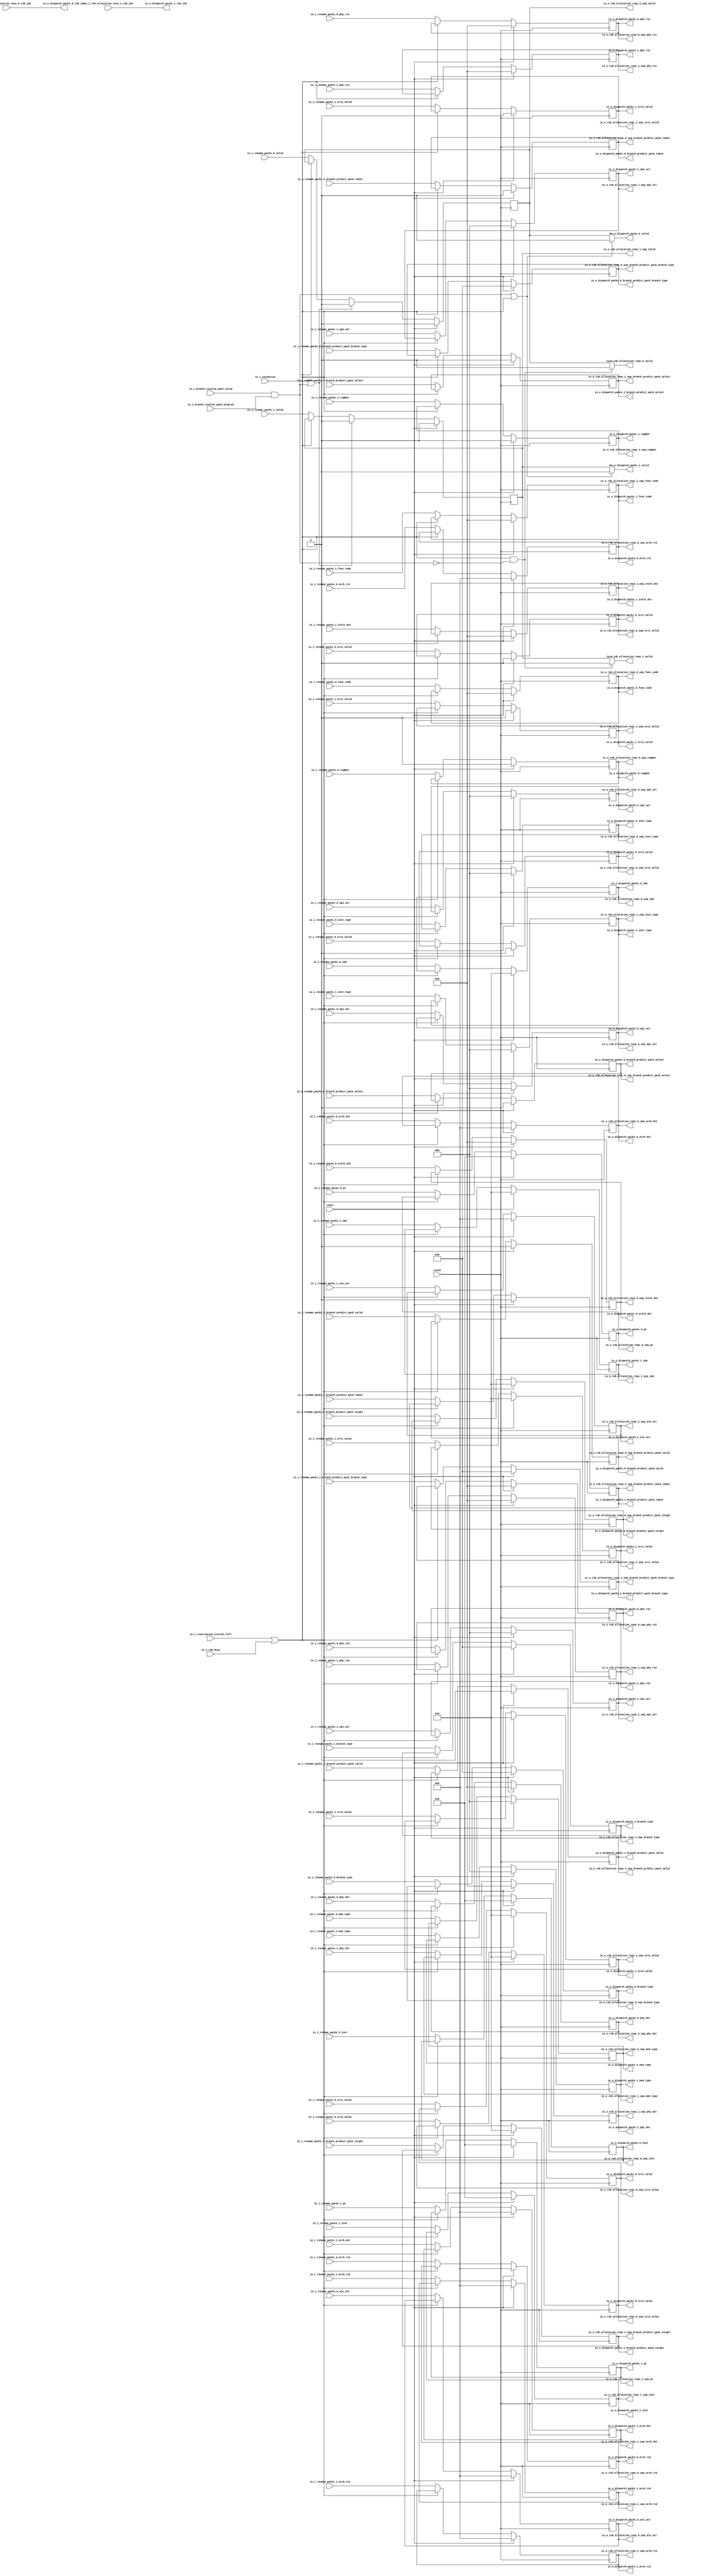
module Dispatch(
  input         clock,
  input         reset,
  input         io_i_rename_packs_0_valid,
  input  [31:0] io_i_rename_packs_0_pc,
  input  [31:0] io_i_rename_packs_0_inst,
  input  [6:0]  io_i_rename_packs_0_func_code,
  input         io_i_rename_packs_0_branch_predict_pack_valid,
  input  [63:0] io_i_rename_packs_0_branch_predict_pack_target,
  input  [3:0]  io_i_rename_packs_0_branch_predict_pack_branch_type,
  input         io_i_rename_packs_0_branch_predict_pack_select,
  input         io_i_rename_packs_0_branch_predict_pack_taken,
  input  [6:0]  io_i_rename_packs_0_phy_dst,
  input  [6:0]  io_i_rename_packs_0_stale_dst,
  input  [4:0]  io_i_rename_packs_0_arch_dst,
  input  [2:0]  io_i_rename_packs_0_inst_type,
  input         io_i_rename_packs_0_regWen,
  input         io_i_rename_packs_0_src1_valid,
  input  [6:0]  io_i_rename_packs_0_phy_rs1,
  input  [4:0]  io_i_rename_packs_0_arch_rs1,
  input         io_i_rename_packs_0_src2_valid,
  input  [6:0]  io_i_rename_packs_0_phy_rs2,
  input  [4:0]  io_i_rename_packs_0_arch_rs2,
  input  [63:0] io_i_rename_packs_0_imm,
  input  [63:0] io_i_rename_packs_0_src1_value,
  input  [63:0] io_i_rename_packs_0_src2_value,
  input  [2:0]  io_i_rename_packs_0_op1_sel,
  input  [2:0]  io_i_rename_packs_0_op2_sel,
  input  [4:0]  io_i_rename_packs_0_alu_sel,
  input  [3:0]  io_i_rename_packs_0_branch_type,
  input  [2:0]  io_i_rename_packs_0_mem_type,
  input         io_i_rename_packs_1_valid,
  input  [31:0] io_i_rename_packs_1_pc,
  input  [31:0] io_i_rename_packs_1_inst,
  input  [6:0]  io_i_rename_packs_1_func_code,
  input         io_i_rename_packs_1_branch_predict_pack_valid,
  input  [63:0] io_i_rename_packs_1_branch_predict_pack_target,
  input  [3:0]  io_i_rename_packs_1_branch_predict_pack_branch_type,
  input         io_i_rename_packs_1_branch_predict_pack_select,
  input         io_i_rename_packs_1_branch_predict_pack_taken,
  input  [6:0]  io_i_rename_packs_1_phy_dst,
  input  [6:0]  io_i_rename_packs_1_stale_dst,
  input  [4:0]  io_i_rename_packs_1_arch_dst,
  input  [2:0]  io_i_rename_packs_1_inst_type,
  input         io_i_rename_packs_1_regWen,
  input         io_i_rename_packs_1_src1_valid,
  input  [6:0]  io_i_rename_packs_1_phy_rs1,
  input  [4:0]  io_i_rename_packs_1_arch_rs1,
  input         io_i_rename_packs_1_src2_valid,
  input  [6:0]  io_i_rename_packs_1_phy_rs2,
  input  [4:0]  io_i_rename_packs_1_arch_rs2,
  input  [63:0] io_i_rename_packs_1_imm,
  input  [63:0] io_i_rename_packs_1_src1_value,
  input  [63:0] io_i_rename_packs_1_src2_value,
  input  [2:0]  io_i_rename_packs_1_op1_sel,
  input  [2:0]  io_i_rename_packs_1_op2_sel,
  input  [4:0]  io_i_rename_packs_1_alu_sel,
  input  [3:0]  io_i_rename_packs_1_branch_type,
  input  [2:0]  io_i_rename_packs_1_mem_type,
  input         io_i_rob_busy,
  input  [3:0]  io_i_rob_allocation_ress_0_rob_idx,
  input  [3:0]  io_i_rob_allocation_ress_1_rob_idx,
  input         io_i_reservation_station_full,
  input         io_i_branch_resolve_pack_valid,
  input         io_i_branch_resolve_pack_mispred,
  output        io_o_rob_allocation_reqs_0_valid,
  output        io_o_rob_allocation_reqs_0_uop_valid,
  output [31:0] io_o_rob_allocation_reqs_0_uop_pc,
  output [31:0] io_o_rob_allocation_reqs_0_uop_inst,
  output [6:0]  io_o_rob_allocation_reqs_0_uop_func_code,
  output        io_o_rob_allocation_reqs_0_uop_branch_predict_pack_valid,
  output [63:0] io_o_rob_allocation_reqs_0_uop_branch_predict_pack_target,
  output [3:0]  io_o_rob_allocation_reqs_0_uop_branch_predict_pack_branch_type,
  output        io_o_rob_allocation_reqs_0_uop_branch_predict_pack_select,
  output        io_o_rob_allocation_reqs_0_uop_branch_predict_pack_taken,
  output [6:0]  io_o_rob_allocation_reqs_0_uop_phy_dst,
  output [6:0]  io_o_rob_allocation_reqs_0_uop_stale_dst,
  output [4:0]  io_o_rob_allocation_reqs_0_uop_arch_dst,
  output [2:0]  io_o_rob_allocation_reqs_0_uop_inst_type,
  output        io_o_rob_allocation_reqs_0_uop_regWen,
  output        io_o_rob_allocation_reqs_0_uop_src1_valid,
  output [6:0]  io_o_rob_allocation_reqs_0_uop_phy_rs1,
  output [4:0]  io_o_rob_allocation_reqs_0_uop_arch_rs1,
  output        io_o_rob_allocation_reqs_0_uop_src2_valid,
  output [6:0]  io_o_rob_allocation_reqs_0_uop_phy_rs2,
  output [4:0]  io_o_rob_allocation_reqs_0_uop_arch_rs2,
  output [63:0] io_o_rob_allocation_reqs_0_uop_imm,
  output [63:0] io_o_rob_allocation_reqs_0_uop_src1_value,
  output [63:0] io_o_rob_allocation_reqs_0_uop_src2_value,
  output [2:0]  io_o_rob_allocation_reqs_0_uop_op1_sel,
  output [2:0]  io_o_rob_allocation_reqs_0_uop_op2_sel,
  output [4:0]  io_o_rob_allocation_reqs_0_uop_alu_sel,
  output [3:0]  io_o_rob_allocation_reqs_0_uop_branch_type,
  output [2:0]  io_o_rob_allocation_reqs_0_uop_mem_type,
  output        io_o_rob_allocation_reqs_1_valid,
  output        io_o_rob_allocation_reqs_1_uop_valid,
  output [31:0] io_o_rob_allocation_reqs_1_uop_pc,
  output [31:0] io_o_rob_allocation_reqs_1_uop_inst,
  output [6:0]  io_o_rob_allocation_reqs_1_uop_func_code,
  output        io_o_rob_allocation_reqs_1_uop_branch_predict_pack_valid,
  output [63:0] io_o_rob_allocation_reqs_1_uop_branch_predict_pack_target,
  output [3:0]  io_o_rob_allocation_reqs_1_uop_branch_predict_pack_branch_type,
  output        io_o_rob_allocation_reqs_1_uop_branch_predict_pack_select,
  output        io_o_rob_allocation_reqs_1_uop_branch_predict_pack_taken,
  output [6:0]  io_o_rob_allocation_reqs_1_uop_phy_dst,
  output [6:0]  io_o_rob_allocation_reqs_1_uop_stale_dst,
  output [4:0]  io_o_rob_allocation_reqs_1_uop_arch_dst,
  output [2:0]  io_o_rob_allocation_reqs_1_uop_inst_type,
  output        io_o_rob_allocation_reqs_1_uop_regWen,
  output        io_o_rob_allocation_reqs_1_uop_src1_valid,
  output [6:0]  io_o_rob_allocation_reqs_1_uop_phy_rs1,
  output [4:0]  io_o_rob_allocation_reqs_1_uop_arch_rs1,
  output        io_o_rob_allocation_reqs_1_uop_src2_valid,
  output [6:0]  io_o_rob_allocation_reqs_1_uop_phy_rs2,
  output [4:0]  io_o_rob_allocation_reqs_1_uop_arch_rs2,
  output [63:0] io_o_rob_allocation_reqs_1_uop_imm,
  output [63:0] io_o_rob_allocation_reqs_1_uop_src1_value,
  output [63:0] io_o_rob_allocation_reqs_1_uop_src2_value,
  output [2:0]  io_o_rob_allocation_reqs_1_uop_op1_sel,
  output [2:0]  io_o_rob_allocation_reqs_1_uop_op2_sel,
  output [4:0]  io_o_rob_allocation_reqs_1_uop_alu_sel,
  output [3:0]  io_o_rob_allocation_reqs_1_uop_branch_type,
  output [2:0]  io_o_rob_allocation_reqs_1_uop_mem_type,
  output        io_o_dispatch_packs_0_valid,
  output [31:0] io_o_dispatch_packs_0_pc,
  output [31:0] io_o_dispatch_packs_0_inst,
  output [6:0]  io_o_dispatch_packs_0_func_code,
  output        io_o_dispatch_packs_0_branch_predict_pack_valid,
  output [63:0] io_o_dispatch_packs_0_branch_predict_pack_target,
  output [3:0]  io_o_dispatch_packs_0_branch_predict_pack_branch_type,
  output        io_o_dispatch_packs_0_branch_predict_pack_select,
  output        io_o_dispatch_packs_0_branch_predict_pack_taken,
  output [6:0]  io_o_dispatch_packs_0_phy_dst,
  output [6:0]  io_o_dispatch_packs_0_stale_dst,
  output [4:0]  io_o_dispatch_packs_0_arch_dst,
  output [2:0]  io_o_dispatch_packs_0_inst_type,
  output        io_o_dispatch_packs_0_regWen,
  output        io_o_dispatch_packs_0_src1_valid,
  output [6:0]  io_o_dispatch_packs_0_phy_rs1,
  output [4:0]  io_o_dispatch_packs_0_arch_rs1,
  output        io_o_dispatch_packs_0_src2_valid,
  output [6:0]  io_o_dispatch_packs_0_phy_rs2,
  output [4:0]  io_o_dispatch_packs_0_arch_rs2,
  output [3:0]  io_o_dispatch_packs_0_rob_idx,
  output [63:0] io_o_dispatch_packs_0_imm,
  output [63:0] io_o_dispatch_packs_0_src1_value,
  output [63:0] io_o_dispatch_packs_0_src2_value,
  output [2:0]  io_o_dispatch_packs_0_op1_sel,
  output [2:0]  io_o_dispatch_packs_0_op2_sel,
  output [4:0]  io_o_dispatch_packs_0_alu_sel,
  output [3:0]  io_o_dispatch_packs_0_branch_type,
  output [2:0]  io_o_dispatch_packs_0_mem_type,
  output        io_o_dispatch_packs_1_valid,
  output [31:0] io_o_dispatch_packs_1_pc,
  output [31:0] io_o_dispatch_packs_1_inst,
  output [6:0]  io_o_dispatch_packs_1_func_code,
  output        io_o_dispatch_packs_1_branch_predict_pack_valid,
  output [63:0] io_o_dispatch_packs_1_branch_predict_pack_target,
  output [3:0]  io_o_dispatch_packs_1_branch_predict_pack_branch_type,
  output        io_o_dispatch_packs_1_branch_predict_pack_select,
  output        io_o_dispatch_packs_1_branch_predict_pack_taken,
  output [6:0]  io_o_dispatch_packs_1_phy_dst,
  output [6:0]  io_o_dispatch_packs_1_stale_dst,
  output [4:0]  io_o_dispatch_packs_1_arch_dst,
  output [2:0]  io_o_dispatch_packs_1_inst_type,
  output        io_o_dispatch_packs_1_regWen,
  output        io_o_dispatch_packs_1_src1_valid,
  output [6:0]  io_o_dispatch_packs_1_phy_rs1,
  output [4:0]  io_o_dispatch_packs_1_arch_rs1,
  output        io_o_dispatch_packs_1_src2_valid,
  output [6:0]  io_o_dispatch_packs_1_phy_rs2,
  output [4:0]  io_o_dispatch_packs_1_arch_rs2,
  output [3:0]  io_o_dispatch_packs_1_rob_idx,
  output [63:0] io_o_dispatch_packs_1_imm,
  output [63:0] io_o_dispatch_packs_1_src1_value,
  output [63:0] io_o_dispatch_packs_1_src2_value,
  output [2:0]  io_o_dispatch_packs_1_op1_sel,
  output [2:0]  io_o_dispatch_packs_1_op2_sel,
  output [4:0]  io_o_dispatch_packs_1_alu_sel,
  output [3:0]  io_o_dispatch_packs_1_branch_type,
  output [2:0]  io_o_dispatch_packs_1_mem_type,
  input         io_i_exception
);
`ifdef RANDOMIZE_REG_INIT
  reg [31:0] _RAND_0;
  reg [31:0] _RAND_1;
  reg [31:0] _RAND_2;
  reg [31:0] _RAND_3;
  reg [31:0] _RAND_4;
  reg [63:0] _RAND_5;
  reg [31:0] _RAND_6;
  reg [31:0] _RAND_7;
  reg [31:0] _RAND_8;
  reg [31:0] _RAND_9;
  reg [31:0] _RAND_10;
  reg [31:0] _RAND_11;
  reg [31:0] _RAND_12;
  reg [31:0] _RAND_13;
  reg [31:0] _RAND_14;
  reg [31:0] _RAND_15;
  reg [31:0] _RAND_16;
  reg [31:0] _RAND_17;
  reg [31:0] _RAND_18;
  reg [31:0] _RAND_19;
  reg [63:0] _RAND_20;
  reg [63:0] _RAND_21;
  reg [63:0] _RAND_22;
  reg [31:0] _RAND_23;
  reg [31:0] _RAND_24;
  reg [31:0] _RAND_25;
  reg [31:0] _RAND_26;
  reg [31:0] _RAND_27;
  reg [31:0] _RAND_28;
  reg [31:0] _RAND_29;
  reg [31:0] _RAND_30;
  reg [31:0] _RAND_31;
  reg [31:0] _RAND_32;
  reg [63:0] _RAND_33;
  reg [31:0] _RAND_34;
  reg [31:0] _RAND_35;
  reg [31:0] _RAND_36;
  reg [31:0] _RAND_37;
  reg [31:0] _RAND_38;
  reg [31:0] _RAND_39;
  reg [31:0] _RAND_40;
  reg [31:0] _RAND_41;
  reg [31:0] _RAND_42;
  reg [31:0] _RAND_43;
  reg [31:0] _RAND_44;
  reg [31:0] _RAND_45;
  reg [31:0] _RAND_46;
  reg [31:0] _RAND_47;
  reg [63:0] _RAND_48;
  reg [63:0] _RAND_49;
  reg [63:0] _RAND_50;
  reg [31:0] _RAND_51;
  reg [31:0] _RAND_52;
  reg [31:0] _RAND_53;
  reg [31:0] _RAND_54;
  reg [31:0] _RAND_55;
`endif // RANDOMIZE_REG_INIT
  wire  stall = io_i_reservation_station_full | io_i_rob_busy; // @[dispatch.scala 31:47]
  reg  uops_0_valid; // @[dispatch.scala 33:21]
  reg [31:0] uops_0_pc; // @[dispatch.scala 33:21]
  reg [31:0] uops_0_inst; // @[dispatch.scala 33:21]
  reg [6:0] uops_0_func_code; // @[dispatch.scala 33:21]
  reg  uops_0_branch_predict_pack_valid; // @[dispatch.scala 33:21]
  reg [63:0] uops_0_branch_predict_pack_target; // @[dispatch.scala 33:21]
  reg [3:0] uops_0_branch_predict_pack_branch_type; // @[dispatch.scala 33:21]
  reg  uops_0_branch_predict_pack_select; // @[dispatch.scala 33:21]
  reg  uops_0_branch_predict_pack_taken; // @[dispatch.scala 33:21]
  reg [6:0] uops_0_phy_dst; // @[dispatch.scala 33:21]
  reg [6:0] uops_0_stale_dst; // @[dispatch.scala 33:21]
  reg [4:0] uops_0_arch_dst; // @[dispatch.scala 33:21]
  reg [2:0] uops_0_inst_type; // @[dispatch.scala 33:21]
  reg  uops_0_regWen; // @[dispatch.scala 33:21]
  reg  uops_0_src1_valid; // @[dispatch.scala 33:21]
  reg [6:0] uops_0_phy_rs1; // @[dispatch.scala 33:21]
  reg [4:0] uops_0_arch_rs1; // @[dispatch.scala 33:21]
  reg  uops_0_src2_valid; // @[dispatch.scala 33:21]
  reg [6:0] uops_0_phy_rs2; // @[dispatch.scala 33:21]
  reg [4:0] uops_0_arch_rs2; // @[dispatch.scala 33:21]
  reg [63:0] uops_0_imm; // @[dispatch.scala 33:21]
  reg [63:0] uops_0_src1_value; // @[dispatch.scala 33:21]
  reg [63:0] uops_0_src2_value; // @[dispatch.scala 33:21]
  reg [2:0] uops_0_op1_sel; // @[dispatch.scala 33:21]
  reg [2:0] uops_0_op2_sel; // @[dispatch.scala 33:21]
  reg [4:0] uops_0_alu_sel; // @[dispatch.scala 33:21]
  reg [3:0] uops_0_branch_type; // @[dispatch.scala 33:21]
  reg [2:0] uops_0_mem_type; // @[dispatch.scala 33:21]
  reg  uops_1_valid; // @[dispatch.scala 33:21]
  reg [31:0] uops_1_pc; // @[dispatch.scala 33:21]
  reg [31:0] uops_1_inst; // @[dispatch.scala 33:21]
  reg [6:0] uops_1_func_code; // @[dispatch.scala 33:21]
  reg  uops_1_branch_predict_pack_valid; // @[dispatch.scala 33:21]
  reg [63:0] uops_1_branch_predict_pack_target; // @[dispatch.scala 33:21]
  reg [3:0] uops_1_branch_predict_pack_branch_type; // @[dispatch.scala 33:21]
  reg  uops_1_branch_predict_pack_select; // @[dispatch.scala 33:21]
  reg  uops_1_branch_predict_pack_taken; // @[dispatch.scala 33:21]
  reg [6:0] uops_1_phy_dst; // @[dispatch.scala 33:21]
  reg [6:0] uops_1_stale_dst; // @[dispatch.scala 33:21]
  reg [4:0] uops_1_arch_dst; // @[dispatch.scala 33:21]
  reg [2:0] uops_1_inst_type; // @[dispatch.scala 33:21]
  reg  uops_1_regWen; // @[dispatch.scala 33:21]
  reg  uops_1_src1_valid; // @[dispatch.scala 33:21]
  reg [6:0] uops_1_phy_rs1; // @[dispatch.scala 33:21]
  reg [4:0] uops_1_arch_rs1; // @[dispatch.scala 33:21]
  reg  uops_1_src2_valid; // @[dispatch.scala 33:21]
  reg [6:0] uops_1_phy_rs2; // @[dispatch.scala 33:21]
  reg [4:0] uops_1_arch_rs2; // @[dispatch.scala 33:21]
  reg [63:0] uops_1_imm; // @[dispatch.scala 33:21]
  reg [63:0] uops_1_src1_value; // @[dispatch.scala 33:21]
  reg [63:0] uops_1_src2_value; // @[dispatch.scala 33:21]
  reg [2:0] uops_1_op1_sel; // @[dispatch.scala 33:21]
  reg [2:0] uops_1_op2_sel; // @[dispatch.scala 33:21]
  reg [4:0] uops_1_alu_sel; // @[dispatch.scala 33:21]
  reg [3:0] uops_1_branch_type; // @[dispatch.scala 33:21]
  reg [2:0] uops_1_mem_type; // @[dispatch.scala 33:21]
  wire  _T_1 = io_i_branch_resolve_pack_valid & io_i_branch_resolve_pack_mispred; // @[dispatch.scala 36:60]
  wire  _io_o_rob_allocation_reqs_0_valid_T_3 = stall & ~(io_i_branch_resolve_pack_mispred &
    io_i_branch_resolve_pack_valid); // @[dispatch.scala 50:94]
  assign io_o_rob_allocation_reqs_0_valid = stall & ~(io_i_branch_resolve_pack_mispred & io_i_branch_resolve_pack_valid)
     ? 1'h0 : uops_0_valid; // @[dispatch.scala 50:43]
  assign io_o_rob_allocation_reqs_0_uop_valid = uops_0_valid; // @[dispatch.scala 53:37]
  assign io_o_rob_allocation_reqs_0_uop_pc = uops_0_pc; // @[dispatch.scala 53:37]
  assign io_o_rob_allocation_reqs_0_uop_inst = uops_0_inst; // @[dispatch.scala 53:37]
  assign io_o_rob_allocation_reqs_0_uop_func_code = uops_0_func_code; // @[dispatch.scala 53:37]
  assign io_o_rob_allocation_reqs_0_uop_branch_predict_pack_valid = uops_0_branch_predict_pack_valid; // @[dispatch.scala 53:37]
  assign io_o_rob_allocation_reqs_0_uop_branch_predict_pack_target = uops_0_branch_predict_pack_target; // @[dispatch.scala 53:37]
  assign io_o_rob_allocation_reqs_0_uop_branch_predict_pack_branch_type = uops_0_branch_predict_pack_branch_type; // @[dispatch.scala 53:37]
  assign io_o_rob_allocation_reqs_0_uop_branch_predict_pack_select = uops_0_branch_predict_pack_select; // @[dispatch.scala 53:37]
  assign io_o_rob_allocation_reqs_0_uop_branch_predict_pack_taken = uops_0_branch_predict_pack_taken; // @[dispatch.scala 53:37]
  assign io_o_rob_allocation_reqs_0_uop_phy_dst = uops_0_phy_dst; // @[dispatch.scala 53:37]
  assign io_o_rob_allocation_reqs_0_uop_stale_dst = uops_0_stale_dst; // @[dispatch.scala 53:37]
  assign io_o_rob_allocation_reqs_0_uop_arch_dst = uops_0_arch_dst; // @[dispatch.scala 53:37]
  assign io_o_rob_allocation_reqs_0_uop_inst_type = uops_0_inst_type; // @[dispatch.scala 53:37]
  assign io_o_rob_allocation_reqs_0_uop_regWen = uops_0_regWen; // @[dispatch.scala 53:37]
  assign io_o_rob_allocation_reqs_0_uop_src1_valid = uops_0_src1_valid; // @[dispatch.scala 53:37]
  assign io_o_rob_allocation_reqs_0_uop_phy_rs1 = uops_0_phy_rs1; // @[dispatch.scala 53:37]
  assign io_o_rob_allocation_reqs_0_uop_arch_rs1 = uops_0_arch_rs1; // @[dispatch.scala 53:37]
  assign io_o_rob_allocation_reqs_0_uop_src2_valid = uops_0_src2_valid; // @[dispatch.scala 53:37]
  assign io_o_rob_allocation_reqs_0_uop_phy_rs2 = uops_0_phy_rs2; // @[dispatch.scala 53:37]
  assign io_o_rob_allocation_reqs_0_uop_arch_rs2 = uops_0_arch_rs2; // @[dispatch.scala 53:37]
  assign io_o_rob_allocation_reqs_0_uop_imm = uops_0_imm; // @[dispatch.scala 53:37]
  assign io_o_rob_allocation_reqs_0_uop_src1_value = uops_0_src1_value; // @[dispatch.scala 53:37]
  assign io_o_rob_allocation_reqs_0_uop_src2_value = uops_0_src2_value; // @[dispatch.scala 53:37]
  assign io_o_rob_allocation_reqs_0_uop_op1_sel = uops_0_op1_sel; // @[dispatch.scala 53:37]
  assign io_o_rob_allocation_reqs_0_uop_op2_sel = uops_0_op2_sel; // @[dispatch.scala 53:37]
  assign io_o_rob_allocation_reqs_0_uop_alu_sel = uops_0_alu_sel; // @[dispatch.scala 53:37]
  assign io_o_rob_allocation_reqs_0_uop_branch_type = uops_0_branch_type; // @[dispatch.scala 53:37]
  assign io_o_rob_allocation_reqs_0_uop_mem_type = uops_0_mem_type; // @[dispatch.scala 53:37]
  assign io_o_rob_allocation_reqs_1_valid = _io_o_rob_allocation_reqs_0_valid_T_3 ? 1'h0 : uops_1_valid; // @[dispatch.scala 51:43]
  assign io_o_rob_allocation_reqs_1_uop_valid = uops_1_valid; // @[dispatch.scala 54:37]
  assign io_o_rob_allocation_reqs_1_uop_pc = uops_1_pc; // @[dispatch.scala 54:37]
  assign io_o_rob_allocation_reqs_1_uop_inst = uops_1_inst; // @[dispatch.scala 54:37]
  assign io_o_rob_allocation_reqs_1_uop_func_code = uops_1_func_code; // @[dispatch.scala 54:37]
  assign io_o_rob_allocation_reqs_1_uop_branch_predict_pack_valid = uops_1_branch_predict_pack_valid; // @[dispatch.scala 54:37]
  assign io_o_rob_allocation_reqs_1_uop_branch_predict_pack_target = uops_1_branch_predict_pack_target; // @[dispatch.scala 54:37]
  assign io_o_rob_allocation_reqs_1_uop_branch_predict_pack_branch_type = uops_1_branch_predict_pack_branch_type; // @[dispatch.scala 54:37]
  assign io_o_rob_allocation_reqs_1_uop_branch_predict_pack_select = uops_1_branch_predict_pack_select; // @[dispatch.scala 54:37]
  assign io_o_rob_allocation_reqs_1_uop_branch_predict_pack_taken = uops_1_branch_predict_pack_taken; // @[dispatch.scala 54:37]
  assign io_o_rob_allocation_reqs_1_uop_phy_dst = uops_1_phy_dst; // @[dispatch.scala 54:37]
  assign io_o_rob_allocation_reqs_1_uop_stale_dst = uops_1_stale_dst; // @[dispatch.scala 54:37]
  assign io_o_rob_allocation_reqs_1_uop_arch_dst = uops_1_arch_dst; // @[dispatch.scala 54:37]
  assign io_o_rob_allocation_reqs_1_uop_inst_type = uops_1_inst_type; // @[dispatch.scala 54:37]
  assign io_o_rob_allocation_reqs_1_uop_regWen = uops_1_regWen; // @[dispatch.scala 54:37]
  assign io_o_rob_allocation_reqs_1_uop_src1_valid = uops_1_src1_valid; // @[dispatch.scala 54:37]
  assign io_o_rob_allocation_reqs_1_uop_phy_rs1 = uops_1_phy_rs1; // @[dispatch.scala 54:37]
  assign io_o_rob_allocation_reqs_1_uop_arch_rs1 = uops_1_arch_rs1; // @[dispatch.scala 54:37]
  assign io_o_rob_allocation_reqs_1_uop_src2_valid = uops_1_src2_valid; // @[dispatch.scala 54:37]
  assign io_o_rob_allocation_reqs_1_uop_phy_rs2 = uops_1_phy_rs2; // @[dispatch.scala 54:37]
  assign io_o_rob_allocation_reqs_1_uop_arch_rs2 = uops_1_arch_rs2; // @[dispatch.scala 54:37]
  assign io_o_rob_allocation_reqs_1_uop_imm = uops_1_imm; // @[dispatch.scala 54:37]
  assign io_o_rob_allocation_reqs_1_uop_src1_value = uops_1_src1_value; // @[dispatch.scala 54:37]
  assign io_o_rob_allocation_reqs_1_uop_src2_value = uops_1_src2_value; // @[dispatch.scala 54:37]
  assign io_o_rob_allocation_reqs_1_uop_op1_sel = uops_1_op1_sel; // @[dispatch.scala 54:37]
  assign io_o_rob_allocation_reqs_1_uop_op2_sel = uops_1_op2_sel; // @[dispatch.scala 54:37]
  assign io_o_rob_allocation_reqs_1_uop_alu_sel = uops_1_alu_sel; // @[dispatch.scala 54:37]
  assign io_o_rob_allocation_reqs_1_uop_branch_type = uops_1_branch_type; // @[dispatch.scala 54:37]
  assign io_o_rob_allocation_reqs_1_uop_mem_type = uops_1_mem_type; // @[dispatch.scala 54:37]
  assign io_o_dispatch_packs_0_valid = _T_1 | stall ? 1'h0 : uops_0_valid; // @[dispatch.scala 58:34 60:84 61:37]
  assign io_o_dispatch_packs_0_pc = uops_0_pc; // @[dispatch.scala 56:28]
  assign io_o_dispatch_packs_0_inst = uops_0_inst; // @[dispatch.scala 56:28]
  assign io_o_dispatch_packs_0_func_code = uops_0_func_code; // @[dispatch.scala 56:28]
  assign io_o_dispatch_packs_0_branch_predict_pack_valid = uops_0_branch_predict_pack_valid; // @[dispatch.scala 56:28]
  assign io_o_dispatch_packs_0_branch_predict_pack_target = uops_0_branch_predict_pack_target; // @[dispatch.scala 56:28]
  assign io_o_dispatch_packs_0_branch_predict_pack_branch_type = uops_0_branch_predict_pack_branch_type; // @[dispatch.scala 56:28]
  assign io_o_dispatch_packs_0_branch_predict_pack_select = uops_0_branch_predict_pack_select; // @[dispatch.scala 56:28]
  assign io_o_dispatch_packs_0_branch_predict_pack_taken = uops_0_branch_predict_pack_taken; // @[dispatch.scala 56:28]
  assign io_o_dispatch_packs_0_phy_dst = uops_0_phy_dst; // @[dispatch.scala 56:28]
  assign io_o_dispatch_packs_0_stale_dst = uops_0_stale_dst; // @[dispatch.scala 56:28]
  assign io_o_dispatch_packs_0_arch_dst = uops_0_arch_dst; // @[dispatch.scala 56:28]
  assign io_o_dispatch_packs_0_inst_type = uops_0_inst_type; // @[dispatch.scala 56:28]
  assign io_o_dispatch_packs_0_regWen = uops_0_regWen; // @[dispatch.scala 56:28]
  assign io_o_dispatch_packs_0_src1_valid = uops_0_src1_valid; // @[dispatch.scala 56:28]
  assign io_o_dispatch_packs_0_phy_rs1 = uops_0_phy_rs1; // @[dispatch.scala 56:28]
  assign io_o_dispatch_packs_0_arch_rs1 = uops_0_arch_rs1; // @[dispatch.scala 56:28]
  assign io_o_dispatch_packs_0_src2_valid = uops_0_src2_valid; // @[dispatch.scala 56:28]
  assign io_o_dispatch_packs_0_phy_rs2 = uops_0_phy_rs2; // @[dispatch.scala 56:28]
  assign io_o_dispatch_packs_0_arch_rs2 = uops_0_arch_rs2; // @[dispatch.scala 56:28]
  assign io_o_dispatch_packs_0_rob_idx = io_i_rob_allocation_ress_0_rob_idx; // @[dispatch.scala 64:35]
  assign io_o_dispatch_packs_0_imm = uops_0_imm; // @[dispatch.scala 56:28]
  assign io_o_dispatch_packs_0_src1_value = uops_0_src1_value; // @[dispatch.scala 56:28]
  assign io_o_dispatch_packs_0_src2_value = uops_0_src2_value; // @[dispatch.scala 56:28]
  assign io_o_dispatch_packs_0_op1_sel = uops_0_op1_sel; // @[dispatch.scala 56:28]
  assign io_o_dispatch_packs_0_op2_sel = uops_0_op2_sel; // @[dispatch.scala 56:28]
  assign io_o_dispatch_packs_0_alu_sel = uops_0_alu_sel; // @[dispatch.scala 56:28]
  assign io_o_dispatch_packs_0_branch_type = uops_0_branch_type; // @[dispatch.scala 56:28]
  assign io_o_dispatch_packs_0_mem_type = uops_0_mem_type; // @[dispatch.scala 56:28]
  assign io_o_dispatch_packs_1_valid = _T_1 | stall ? 1'h0 : uops_1_valid; // @[dispatch.scala 59:34 60:84 62:37]
  assign io_o_dispatch_packs_1_pc = uops_1_pc; // @[dispatch.scala 57:28]
  assign io_o_dispatch_packs_1_inst = uops_1_inst; // @[dispatch.scala 57:28]
  assign io_o_dispatch_packs_1_func_code = uops_1_func_code; // @[dispatch.scala 57:28]
  assign io_o_dispatch_packs_1_branch_predict_pack_valid = uops_1_branch_predict_pack_valid; // @[dispatch.scala 57:28]
  assign io_o_dispatch_packs_1_branch_predict_pack_target = uops_1_branch_predict_pack_target; // @[dispatch.scala 57:28]
  assign io_o_dispatch_packs_1_branch_predict_pack_branch_type = uops_1_branch_predict_pack_branch_type; // @[dispatch.scala 57:28]
  assign io_o_dispatch_packs_1_branch_predict_pack_select = uops_1_branch_predict_pack_select; // @[dispatch.scala 57:28]
  assign io_o_dispatch_packs_1_branch_predict_pack_taken = uops_1_branch_predict_pack_taken; // @[dispatch.scala 57:28]
  assign io_o_dispatch_packs_1_phy_dst = uops_1_phy_dst; // @[dispatch.scala 57:28]
  assign io_o_dispatch_packs_1_stale_dst = uops_1_stale_dst; // @[dispatch.scala 57:28]
  assign io_o_dispatch_packs_1_arch_dst = uops_1_arch_dst; // @[dispatch.scala 57:28]
  assign io_o_dispatch_packs_1_inst_type = uops_1_inst_type; // @[dispatch.scala 57:28]
  assign io_o_dispatch_packs_1_regWen = uops_1_regWen; // @[dispatch.scala 57:28]
  assign io_o_dispatch_packs_1_src1_valid = uops_1_src1_valid; // @[dispatch.scala 57:28]
  assign io_o_dispatch_packs_1_phy_rs1 = uops_1_phy_rs1; // @[dispatch.scala 57:28]
  assign io_o_dispatch_packs_1_arch_rs1 = uops_1_arch_rs1; // @[dispatch.scala 57:28]
  assign io_o_dispatch_packs_1_src2_valid = uops_1_src2_valid; // @[dispatch.scala 57:28]
  assign io_o_dispatch_packs_1_phy_rs2 = uops_1_phy_rs2; // @[dispatch.scala 57:28]
  assign io_o_dispatch_packs_1_arch_rs2 = uops_1_arch_rs2; // @[dispatch.scala 57:28]
  assign io_o_dispatch_packs_1_rob_idx = io_i_rob_allocation_ress_1_rob_idx; // @[dispatch.scala 65:35]
  assign io_o_dispatch_packs_1_imm = uops_1_imm; // @[dispatch.scala 57:28]
  assign io_o_dispatch_packs_1_src1_value = uops_1_src1_value; // @[dispatch.scala 57:28]
  assign io_o_dispatch_packs_1_src2_value = uops_1_src2_value; // @[dispatch.scala 57:28]
  assign io_o_dispatch_packs_1_op1_sel = uops_1_op1_sel; // @[dispatch.scala 57:28]
  assign io_o_dispatch_packs_1_op2_sel = uops_1_op2_sel; // @[dispatch.scala 57:28]
  assign io_o_dispatch_packs_1_alu_sel = uops_1_alu_sel; // @[dispatch.scala 57:28]
  assign io_o_dispatch_packs_1_branch_type = uops_1_branch_type; // @[dispatch.scala 57:28]
  assign io_o_dispatch_packs_1_mem_type = uops_1_mem_type; // @[dispatch.scala 57:28]
  always @(posedge clock) begin
    if (reset) begin // @[dispatch.scala 33:21]
      uops_0_valid <= 1'h0; // @[dispatch.scala 33:21]
    end else if (io_i_exception | io_i_branch_resolve_pack_valid & io_i_branch_resolve_pack_mispred) begin // @[dispatch.scala 36:97]
      uops_0_valid <= 1'h0; // @[dispatch.scala 37:22]
    end else if (!(stall)) begin // @[dispatch.scala 34:14]
      uops_0_valid <= io_i_rename_packs_0_valid;
    end
    if (reset) begin // @[dispatch.scala 33:21]
      uops_0_pc <= 32'h0; // @[dispatch.scala 33:21]
    end else if (!(stall)) begin // @[dispatch.scala 34:14]
      uops_0_pc <= io_i_rename_packs_0_pc;
    end
    if (reset) begin // @[dispatch.scala 33:21]
      uops_0_inst <= 32'h0; // @[dispatch.scala 33:21]
    end else if (!(stall)) begin // @[dispatch.scala 34:14]
      uops_0_inst <= io_i_rename_packs_0_inst;
    end
    if (reset) begin // @[dispatch.scala 33:21]
      uops_0_func_code <= 7'h0; // @[dispatch.scala 33:21]
    end else if (!(stall)) begin // @[dispatch.scala 34:14]
      uops_0_func_code <= io_i_rename_packs_0_func_code;
    end
    if (reset) begin // @[dispatch.scala 33:21]
      uops_0_branch_predict_pack_valid <= 1'h0; // @[dispatch.scala 33:21]
    end else if (!(stall)) begin // @[dispatch.scala 34:14]
      uops_0_branch_predict_pack_valid <= io_i_rename_packs_0_branch_predict_pack_valid;
    end
    if (reset) begin // @[dispatch.scala 33:21]
      uops_0_branch_predict_pack_target <= 64'h0; // @[dispatch.scala 33:21]
    end else if (!(stall)) begin // @[dispatch.scala 34:14]
      uops_0_branch_predict_pack_target <= io_i_rename_packs_0_branch_predict_pack_target;
    end
    if (reset) begin // @[dispatch.scala 33:21]
      uops_0_branch_predict_pack_branch_type <= 4'h0; // @[dispatch.scala 33:21]
    end else if (!(stall)) begin // @[dispatch.scala 34:14]
      uops_0_branch_predict_pack_branch_type <= io_i_rename_packs_0_branch_predict_pack_branch_type;
    end
    if (reset) begin // @[dispatch.scala 33:21]
      uops_0_branch_predict_pack_select <= 1'h0; // @[dispatch.scala 33:21]
    end else if (!(stall)) begin // @[dispatch.scala 34:14]
      uops_0_branch_predict_pack_select <= io_i_rename_packs_0_branch_predict_pack_select;
    end
    if (reset) begin // @[dispatch.scala 33:21]
      uops_0_branch_predict_pack_taken <= 1'h0; // @[dispatch.scala 33:21]
    end else if (!(stall)) begin // @[dispatch.scala 34:14]
      uops_0_branch_predict_pack_taken <= io_i_rename_packs_0_branch_predict_pack_taken;
    end
    if (reset) begin // @[dispatch.scala 33:21]
      uops_0_phy_dst <= 7'h0; // @[dispatch.scala 33:21]
    end else if (!(stall)) begin // @[dispatch.scala 34:14]
      uops_0_phy_dst <= io_i_rename_packs_0_phy_dst;
    end
    if (reset) begin // @[dispatch.scala 33:21]
      uops_0_stale_dst <= 7'h0; // @[dispatch.scala 33:21]
    end else if (!(stall)) begin // @[dispatch.scala 34:14]
      uops_0_stale_dst <= io_i_rename_packs_0_stale_dst;
    end
    if (reset) begin // @[dispatch.scala 33:21]
      uops_0_arch_dst <= 5'h0; // @[dispatch.scala 33:21]
    end else if (!(stall)) begin // @[dispatch.scala 34:14]
      uops_0_arch_dst <= io_i_rename_packs_0_arch_dst;
    end
    if (reset) begin // @[dispatch.scala 33:21]
      uops_0_inst_type <= 3'h0; // @[dispatch.scala 33:21]
    end else if (!(stall)) begin // @[dispatch.scala 34:14]
      uops_0_inst_type <= io_i_rename_packs_0_inst_type;
    end
    if (reset) begin // @[dispatch.scala 33:21]
      uops_0_regWen <= 1'h0; // @[dispatch.scala 33:21]
    end else if (!(stall)) begin // @[dispatch.scala 34:14]
      uops_0_regWen <= io_i_rename_packs_0_regWen;
    end
    if (reset) begin // @[dispatch.scala 33:21]
      uops_0_src1_valid <= 1'h0; // @[dispatch.scala 33:21]
    end else if (!(stall)) begin // @[dispatch.scala 34:14]
      uops_0_src1_valid <= io_i_rename_packs_0_src1_valid;
    end
    if (reset) begin // @[dispatch.scala 33:21]
      uops_0_phy_rs1 <= 7'h0; // @[dispatch.scala 33:21]
    end else if (!(stall)) begin // @[dispatch.scala 34:14]
      uops_0_phy_rs1 <= io_i_rename_packs_0_phy_rs1;
    end
    if (reset) begin // @[dispatch.scala 33:21]
      uops_0_arch_rs1 <= 5'h0; // @[dispatch.scala 33:21]
    end else if (!(stall)) begin // @[dispatch.scala 34:14]
      uops_0_arch_rs1 <= io_i_rename_packs_0_arch_rs1;
    end
    if (reset) begin // @[dispatch.scala 33:21]
      uops_0_src2_valid <= 1'h0; // @[dispatch.scala 33:21]
    end else if (!(stall)) begin // @[dispatch.scala 34:14]
      uops_0_src2_valid <= io_i_rename_packs_0_src2_valid;
    end
    if (reset) begin // @[dispatch.scala 33:21]
      uops_0_phy_rs2 <= 7'h0; // @[dispatch.scala 33:21]
    end else if (!(stall)) begin // @[dispatch.scala 34:14]
      uops_0_phy_rs2 <= io_i_rename_packs_0_phy_rs2;
    end
    if (reset) begin // @[dispatch.scala 33:21]
      uops_0_arch_rs2 <= 5'h0; // @[dispatch.scala 33:21]
    end else if (!(stall)) begin // @[dispatch.scala 34:14]
      uops_0_arch_rs2 <= io_i_rename_packs_0_arch_rs2;
    end
    if (reset) begin // @[dispatch.scala 33:21]
      uops_0_imm <= 64'h0; // @[dispatch.scala 33:21]
    end else if (!(stall)) begin // @[dispatch.scala 34:14]
      uops_0_imm <= io_i_rename_packs_0_imm;
    end
    if (reset) begin // @[dispatch.scala 33:21]
      uops_0_src1_value <= 64'h0; // @[dispatch.scala 33:21]
    end else if (!(stall)) begin // @[dispatch.scala 34:14]
      uops_0_src1_value <= io_i_rename_packs_0_src1_value;
    end
    if (reset) begin // @[dispatch.scala 33:21]
      uops_0_src2_value <= 64'h0; // @[dispatch.scala 33:21]
    end else if (!(stall)) begin // @[dispatch.scala 34:14]
      uops_0_src2_value <= io_i_rename_packs_0_src2_value;
    end
    if (reset) begin // @[dispatch.scala 33:21]
      uops_0_op1_sel <= 3'h0; // @[dispatch.scala 33:21]
    end else if (!(stall)) begin // @[dispatch.scala 34:14]
      uops_0_op1_sel <= io_i_rename_packs_0_op1_sel;
    end
    if (reset) begin // @[dispatch.scala 33:21]
      uops_0_op2_sel <= 3'h0; // @[dispatch.scala 33:21]
    end else if (!(stall)) begin // @[dispatch.scala 34:14]
      uops_0_op2_sel <= io_i_rename_packs_0_op2_sel;
    end
    if (reset) begin // @[dispatch.scala 33:21]
      uops_0_alu_sel <= 5'h0; // @[dispatch.scala 33:21]
    end else if (!(stall)) begin // @[dispatch.scala 34:14]
      uops_0_alu_sel <= io_i_rename_packs_0_alu_sel;
    end
    if (reset) begin // @[dispatch.scala 33:21]
      uops_0_branch_type <= 4'h0; // @[dispatch.scala 33:21]
    end else if (!(stall)) begin // @[dispatch.scala 34:14]
      uops_0_branch_type <= io_i_rename_packs_0_branch_type;
    end
    if (reset) begin // @[dispatch.scala 33:21]
      uops_0_mem_type <= 3'h0; // @[dispatch.scala 33:21]
    end else if (!(stall)) begin // @[dispatch.scala 34:14]
      uops_0_mem_type <= io_i_rename_packs_0_mem_type;
    end
    if (reset) begin // @[dispatch.scala 33:21]
      uops_1_valid <= 1'h0; // @[dispatch.scala 33:21]
    end else if (io_i_exception | io_i_branch_resolve_pack_valid & io_i_branch_resolve_pack_mispred) begin // @[dispatch.scala 36:97]
      uops_1_valid <= 1'h0; // @[dispatch.scala 38:22]
    end else if (!(stall)) begin // @[dispatch.scala 34:14]
      uops_1_valid <= io_i_rename_packs_1_valid;
    end
    if (reset) begin // @[dispatch.scala 33:21]
      uops_1_pc <= 32'h0; // @[dispatch.scala 33:21]
    end else if (!(stall)) begin // @[dispatch.scala 34:14]
      uops_1_pc <= io_i_rename_packs_1_pc;
    end
    if (reset) begin // @[dispatch.scala 33:21]
      uops_1_inst <= 32'h0; // @[dispatch.scala 33:21]
    end else if (!(stall)) begin // @[dispatch.scala 34:14]
      uops_1_inst <= io_i_rename_packs_1_inst;
    end
    if (reset) begin // @[dispatch.scala 33:21]
      uops_1_func_code <= 7'h0; // @[dispatch.scala 33:21]
    end else if (!(stall)) begin // @[dispatch.scala 34:14]
      uops_1_func_code <= io_i_rename_packs_1_func_code;
    end
    if (reset) begin // @[dispatch.scala 33:21]
      uops_1_branch_predict_pack_valid <= 1'h0; // @[dispatch.scala 33:21]
    end else if (!(stall)) begin // @[dispatch.scala 34:14]
      uops_1_branch_predict_pack_valid <= io_i_rename_packs_1_branch_predict_pack_valid;
    end
    if (reset) begin // @[dispatch.scala 33:21]
      uops_1_branch_predict_pack_target <= 64'h0; // @[dispatch.scala 33:21]
    end else if (!(stall)) begin // @[dispatch.scala 34:14]
      uops_1_branch_predict_pack_target <= io_i_rename_packs_1_branch_predict_pack_target;
    end
    if (reset) begin // @[dispatch.scala 33:21]
      uops_1_branch_predict_pack_branch_type <= 4'h0; // @[dispatch.scala 33:21]
    end else if (!(stall)) begin // @[dispatch.scala 34:14]
      uops_1_branch_predict_pack_branch_type <= io_i_rename_packs_1_branch_predict_pack_branch_type;
    end
    if (reset) begin // @[dispatch.scala 33:21]
      uops_1_branch_predict_pack_select <= 1'h0; // @[dispatch.scala 33:21]
    end else if (!(stall)) begin // @[dispatch.scala 34:14]
      uops_1_branch_predict_pack_select <= io_i_rename_packs_1_branch_predict_pack_select;
    end
    if (reset) begin // @[dispatch.scala 33:21]
      uops_1_branch_predict_pack_taken <= 1'h0; // @[dispatch.scala 33:21]
    end else if (!(stall)) begin // @[dispatch.scala 34:14]
      uops_1_branch_predict_pack_taken <= io_i_rename_packs_1_branch_predict_pack_taken;
    end
    if (reset) begin // @[dispatch.scala 33:21]
      uops_1_phy_dst <= 7'h0; // @[dispatch.scala 33:21]
    end else if (!(stall)) begin // @[dispatch.scala 34:14]
      uops_1_phy_dst <= io_i_rename_packs_1_phy_dst;
    end
    if (reset) begin // @[dispatch.scala 33:21]
      uops_1_stale_dst <= 7'h0; // @[dispatch.scala 33:21]
    end else if (!(stall)) begin // @[dispatch.scala 34:14]
      uops_1_stale_dst <= io_i_rename_packs_1_stale_dst;
    end
    if (reset) begin // @[dispatch.scala 33:21]
      uops_1_arch_dst <= 5'h0; // @[dispatch.scala 33:21]
    end else if (!(stall)) begin // @[dispatch.scala 34:14]
      uops_1_arch_dst <= io_i_rename_packs_1_arch_dst;
    end
    if (reset) begin // @[dispatch.scala 33:21]
      uops_1_inst_type <= 3'h0; // @[dispatch.scala 33:21]
    end else if (!(stall)) begin // @[dispatch.scala 34:14]
      uops_1_inst_type <= io_i_rename_packs_1_inst_type;
    end
    if (reset) begin // @[dispatch.scala 33:21]
      uops_1_regWen <= 1'h0; // @[dispatch.scala 33:21]
    end else if (!(stall)) begin // @[dispatch.scala 34:14]
      uops_1_regWen <= io_i_rename_packs_1_regWen;
    end
    if (reset) begin // @[dispatch.scala 33:21]
      uops_1_src1_valid <= 1'h0; // @[dispatch.scala 33:21]
    end else if (!(stall)) begin // @[dispatch.scala 34:14]
      uops_1_src1_valid <= io_i_rename_packs_1_src1_valid;
    end
    if (reset) begin // @[dispatch.scala 33:21]
      uops_1_phy_rs1 <= 7'h0; // @[dispatch.scala 33:21]
    end else if (!(stall)) begin // @[dispatch.scala 34:14]
      uops_1_phy_rs1 <= io_i_rename_packs_1_phy_rs1;
    end
    if (reset) begin // @[dispatch.scala 33:21]
      uops_1_arch_rs1 <= 5'h0; // @[dispatch.scala 33:21]
    end else if (!(stall)) begin // @[dispatch.scala 34:14]
      uops_1_arch_rs1 <= io_i_rename_packs_1_arch_rs1;
    end
    if (reset) begin // @[dispatch.scala 33:21]
      uops_1_src2_valid <= 1'h0; // @[dispatch.scala 33:21]
    end else if (!(stall)) begin // @[dispatch.scala 34:14]
      uops_1_src2_valid <= io_i_rename_packs_1_src2_valid;
    end
    if (reset) begin // @[dispatch.scala 33:21]
      uops_1_phy_rs2 <= 7'h0; // @[dispatch.scala 33:21]
    end else if (!(stall)) begin // @[dispatch.scala 34:14]
      uops_1_phy_rs2 <= io_i_rename_packs_1_phy_rs2;
    end
    if (reset) begin // @[dispatch.scala 33:21]
      uops_1_arch_rs2 <= 5'h0; // @[dispatch.scala 33:21]
    end else if (!(stall)) begin // @[dispatch.scala 34:14]
      uops_1_arch_rs2 <= io_i_rename_packs_1_arch_rs2;
    end
    if (reset) begin // @[dispatch.scala 33:21]
      uops_1_imm <= 64'h0; // @[dispatch.scala 33:21]
    end else if (!(stall)) begin // @[dispatch.scala 34:14]
      uops_1_imm <= io_i_rename_packs_1_imm;
    end
    if (reset) begin // @[dispatch.scala 33:21]
      uops_1_src1_value <= 64'h0; // @[dispatch.scala 33:21]
    end else if (!(stall)) begin // @[dispatch.scala 34:14]
      uops_1_src1_value <= io_i_rename_packs_1_src1_value;
    end
    if (reset) begin // @[dispatch.scala 33:21]
      uops_1_src2_value <= 64'h0; // @[dispatch.scala 33:21]
    end else if (!(stall)) begin // @[dispatch.scala 34:14]
      uops_1_src2_value <= io_i_rename_packs_1_src2_value;
    end
    if (reset) begin // @[dispatch.scala 33:21]
      uops_1_op1_sel <= 3'h0; // @[dispatch.scala 33:21]
    end else if (!(stall)) begin // @[dispatch.scala 34:14]
      uops_1_op1_sel <= io_i_rename_packs_1_op1_sel;
    end
    if (reset) begin // @[dispatch.scala 33:21]
      uops_1_op2_sel <= 3'h0; // @[dispatch.scala 33:21]
    end else if (!(stall)) begin // @[dispatch.scala 34:14]
      uops_1_op2_sel <= io_i_rename_packs_1_op2_sel;
    end
    if (reset) begin // @[dispatch.scala 33:21]
      uops_1_alu_sel <= 5'h0; // @[dispatch.scala 33:21]
    end else if (!(stall)) begin // @[dispatch.scala 34:14]
      uops_1_alu_sel <= io_i_rename_packs_1_alu_sel;
    end
    if (reset) begin // @[dispatch.scala 33:21]
      uops_1_branch_type <= 4'h0; // @[dispatch.scala 33:21]
    end else if (!(stall)) begin // @[dispatch.scala 34:14]
      uops_1_branch_type <= io_i_rename_packs_1_branch_type;
    end
    if (reset) begin // @[dispatch.scala 33:21]
      uops_1_mem_type <= 3'h0; // @[dispatch.scala 33:21]
    end else if (!(stall)) begin // @[dispatch.scala 34:14]
      uops_1_mem_type <= io_i_rename_packs_1_mem_type;
    end
  end
// Register and memory initialization
`ifdef RANDOMIZE_GARBAGE_ASSIGN
`define RANDOMIZE
`endif
`ifdef RANDOMIZE_INVALID_ASSIGN
`define RANDOMIZE
`endif
`ifdef RANDOMIZE_REG_INIT
`define RANDOMIZE
`endif
`ifdef RANDOMIZE_MEM_INIT
`define RANDOMIZE
`endif
`ifndef RANDOM
`define RANDOM $random
`endif
`ifdef RANDOMIZE_MEM_INIT
  integer initvar;
`endif
`ifndef SYNTHESIS
`ifdef FIRRTL_BEFORE_INITIAL
`FIRRTL_BEFORE_INITIAL
`endif
initial begin
  `ifdef RANDOMIZE
    `ifdef INIT_RANDOM
      `INIT_RANDOM
    `endif
    `ifndef VERILATOR
      `ifdef RANDOMIZE_DELAY
        #`RANDOMIZE_DELAY begin end
      `else
        #0.002 begin end
      `endif
    `endif
`ifdef RANDOMIZE_REG_INIT
  _RAND_0 = {1{`RANDOM}};
  uops_0_valid = _RAND_0[0:0];
  _RAND_1 = {1{`RANDOM}};
  uops_0_pc = _RAND_1[31:0];
  _RAND_2 = {1{`RANDOM}};
  uops_0_inst = _RAND_2[31:0];
  _RAND_3 = {1{`RANDOM}};
  uops_0_func_code = _RAND_3[6:0];
  _RAND_4 = {1{`RANDOM}};
  uops_0_branch_predict_pack_valid = _RAND_4[0:0];
  _RAND_5 = {2{`RANDOM}};
  uops_0_branch_predict_pack_target = _RAND_5[63:0];
  _RAND_6 = {1{`RANDOM}};
  uops_0_branch_predict_pack_branch_type = _RAND_6[3:0];
  _RAND_7 = {1{`RANDOM}};
  uops_0_branch_predict_pack_select = _RAND_7[0:0];
  _RAND_8 = {1{`RANDOM}};
  uops_0_branch_predict_pack_taken = _RAND_8[0:0];
  _RAND_9 = {1{`RANDOM}};
  uops_0_phy_dst = _RAND_9[6:0];
  _RAND_10 = {1{`RANDOM}};
  uops_0_stale_dst = _RAND_10[6:0];
  _RAND_11 = {1{`RANDOM}};
  uops_0_arch_dst = _RAND_11[4:0];
  _RAND_12 = {1{`RANDOM}};
  uops_0_inst_type = _RAND_12[2:0];
  _RAND_13 = {1{`RANDOM}};
  uops_0_regWen = _RAND_13[0:0];
  _RAND_14 = {1{`RANDOM}};
  uops_0_src1_valid = _RAND_14[0:0];
  _RAND_15 = {1{`RANDOM}};
  uops_0_phy_rs1 = _RAND_15[6:0];
  _RAND_16 = {1{`RANDOM}};
  uops_0_arch_rs1 = _RAND_16[4:0];
  _RAND_17 = {1{`RANDOM}};
  uops_0_src2_valid = _RAND_17[0:0];
  _RAND_18 = {1{`RANDOM}};
  uops_0_phy_rs2 = _RAND_18[6:0];
  _RAND_19 = {1{`RANDOM}};
  uops_0_arch_rs2 = _RAND_19[4:0];
  _RAND_20 = {2{`RANDOM}};
  uops_0_imm = _RAND_20[63:0];
  _RAND_21 = {2{`RANDOM}};
  uops_0_src1_value = _RAND_21[63:0];
  _RAND_22 = {2{`RANDOM}};
  uops_0_src2_value = _RAND_22[63:0];
  _RAND_23 = {1{`RANDOM}};
  uops_0_op1_sel = _RAND_23[2:0];
  _RAND_24 = {1{`RANDOM}};
  uops_0_op2_sel = _RAND_24[2:0];
  _RAND_25 = {1{`RANDOM}};
  uops_0_alu_sel = _RAND_25[4:0];
  _RAND_26 = {1{`RANDOM}};
  uops_0_branch_type = _RAND_26[3:0];
  _RAND_27 = {1{`RANDOM}};
  uops_0_mem_type = _RAND_27[2:0];
  _RAND_28 = {1{`RANDOM}};
  uops_1_valid = _RAND_28[0:0];
  _RAND_29 = {1{`RANDOM}};
  uops_1_pc = _RAND_29[31:0];
  _RAND_30 = {1{`RANDOM}};
  uops_1_inst = _RAND_30[31:0];
  _RAND_31 = {1{`RANDOM}};
  uops_1_func_code = _RAND_31[6:0];
  _RAND_32 = {1{`RANDOM}};
  uops_1_branch_predict_pack_valid = _RAND_32[0:0];
  _RAND_33 = {2{`RANDOM}};
  uops_1_branch_predict_pack_target = _RAND_33[63:0];
  _RAND_34 = {1{`RANDOM}};
  uops_1_branch_predict_pack_branch_type = _RAND_34[3:0];
  _RAND_35 = {1{`RANDOM}};
  uops_1_branch_predict_pack_select = _RAND_35[0:0];
  _RAND_36 = {1{`RANDOM}};
  uops_1_branch_predict_pack_taken = _RAND_36[0:0];
  _RAND_37 = {1{`RANDOM}};
  uops_1_phy_dst = _RAND_37[6:0];
  _RAND_38 = {1{`RANDOM}};
  uops_1_stale_dst = _RAND_38[6:0];
  _RAND_39 = {1{`RANDOM}};
  uops_1_arch_dst = _RAND_39[4:0];
  _RAND_40 = {1{`RANDOM}};
  uops_1_inst_type = _RAND_40[2:0];
  _RAND_41 = {1{`RANDOM}};
  uops_1_regWen = _RAND_41[0:0];
  _RAND_42 = {1{`RANDOM}};
  uops_1_src1_valid = _RAND_42[0:0];
  _RAND_43 = {1{`RANDOM}};
  uops_1_phy_rs1 = _RAND_43[6:0];
  _RAND_44 = {1{`RANDOM}};
  uops_1_arch_rs1 = _RAND_44[4:0];
  _RAND_45 = {1{`RANDOM}};
  uops_1_src2_valid = _RAND_45[0:0];
  _RAND_46 = {1{`RANDOM}};
  uops_1_phy_rs2 = _RAND_46[6:0];
  _RAND_47 = {1{`RANDOM}};
  uops_1_arch_rs2 = _RAND_47[4:0];
  _RAND_48 = {2{`RANDOM}};
  uops_1_imm = _RAND_48[63:0];
  _RAND_49 = {2{`RANDOM}};
  uops_1_src1_value = _RAND_49[63:0];
  _RAND_50 = {2{`RANDOM}};
  uops_1_src2_value = _RAND_50[63:0];
  _RAND_51 = {1{`RANDOM}};
  uops_1_op1_sel = _RAND_51[2:0];
  _RAND_52 = {1{`RANDOM}};
  uops_1_op2_sel = _RAND_52[2:0];
  _RAND_53 = {1{`RANDOM}};
  uops_1_alu_sel = _RAND_53[4:0];
  _RAND_54 = {1{`RANDOM}};
  uops_1_branch_type = _RAND_54[3:0];
  _RAND_55 = {1{`RANDOM}};
  uops_1_mem_type = _RAND_55[2:0];
`endif // RANDOMIZE_REG_INIT
  `endif // RANDOMIZE
end // initial
`ifdef FIRRTL_AFTER_INITIAL
`FIRRTL_AFTER_INITIAL
`endif
`endif // SYNTHESIS
endmodule